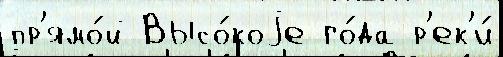
пр'ямо́й Высо́коjе го́да р'ек'и́